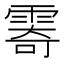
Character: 𩃤